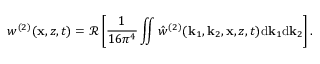
w ^ { ( 2 ) } ( \mathbf { x } , z , t ) = \mathcal { R } \left[ \frac { 1 } { 1 6 \pi ^ { 4 } } \iint \hat { w } ^ { ( 2 ) } ( \mathbf { k } _ { 1 } , \mathbf { k } _ { 2 } , \mathbf { x } , z , t ) \mathrm { d } \mathbf { k } _ { 1 } \mathrm { d } \mathbf { k } _ { 2 } \right] .